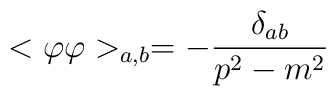
<\varphi \varphi >_{a,b}=-\frac{\delta _{ab}}{p^2-m^2}